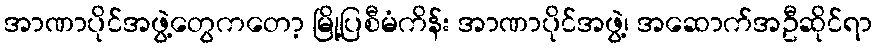
အာဏာပိုင်အဖွဲ့တွေကတော့ မြို့ပြစီမံကိန်း အာဏာပိုင်အဖွဲ့၊ အဆောက်အဦဆိုင်ရာ